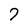
Character: 7